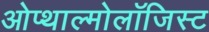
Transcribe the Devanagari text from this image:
ओप्थाल्मोलॉजिस्ट